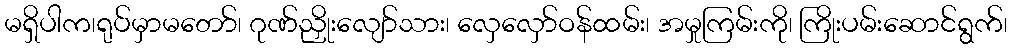
မရှိပါက၊ရုပ်မှာမတော်၊ ဂုဏ်ညှိုးလျော်သား၊ လှေလှော်ဝန်ထမ်း၊ အမှုကြမ်းကို၊ ကြိုးပမ်းဆောင်ရွက်၊